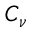
C _ { \nu }